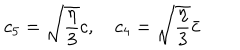
c _ { 5 } = \sqrt { \frac { \eta } { 3 } } c , c _ { 4 } = \sqrt { \frac { \eta } { 3 } } \bar { c }